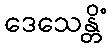
ဒေသေန္တိံ